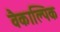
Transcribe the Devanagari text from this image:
वैकाल्पिक